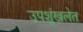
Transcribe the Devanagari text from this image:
उपशृंखलेत